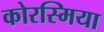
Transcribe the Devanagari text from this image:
कोरस्मिया